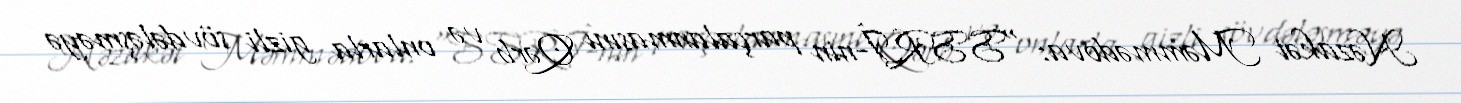
Nəzakət Məmmədova: “SSRİ-nin parçalanmasını Qərb və onlarla gizli sövdələşməyə